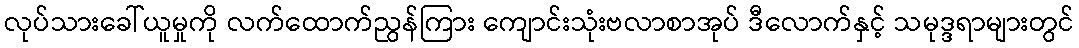
လုပ်သားခေါ်ယူမှုကို လက်ထောက်ညွန်ကြား ကျောင်းသုံးဗလာစာအုပ် ဒီလောက်နှင့် သမုဒ္ဒရာများတွင်